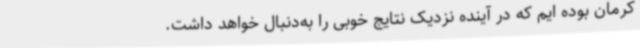
کرمان بوده ایم که در آینده نزدیک نتایج خوبی را به‌دنبال خواهد داشت.